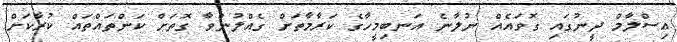
އިސްލާމް ދީނުގައި ގޮވައެއް ނުލާނެ އަނބިމީހާގެ ކަރާމާތަށް ގެއްލުންވާ ގޮތަށް ކަންތައްތައް ކުރާކަށް.